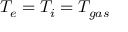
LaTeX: T _ { e } = T _ { i } = T _ { g a s }